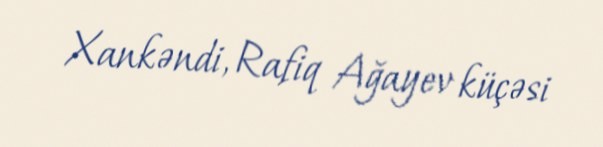
Xankəndi, Rafiq Ağayev küçəsi